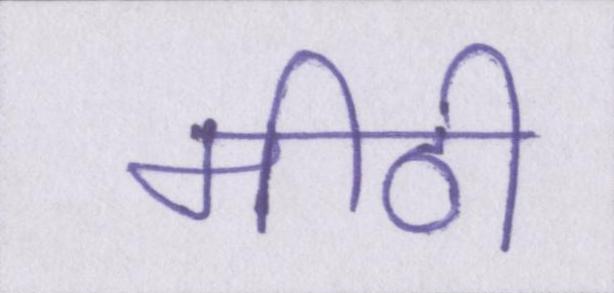
मीठी